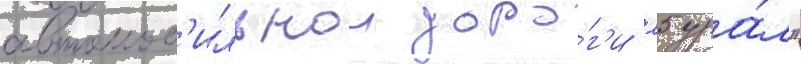
автомоб'ильнои доро́г'и м5 ура́л"